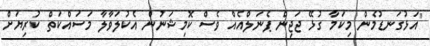
"އަޅުގަނޑުމެން މިކަމާ ގުޅޭ ޖަޖިން ޕެނަލްއެއް ވެސް ކޮމިޝަނުން އެކުލަވާލާ މަސައްކަތް ކުރިޔަށް